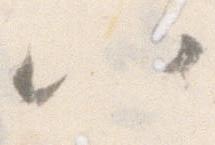
八